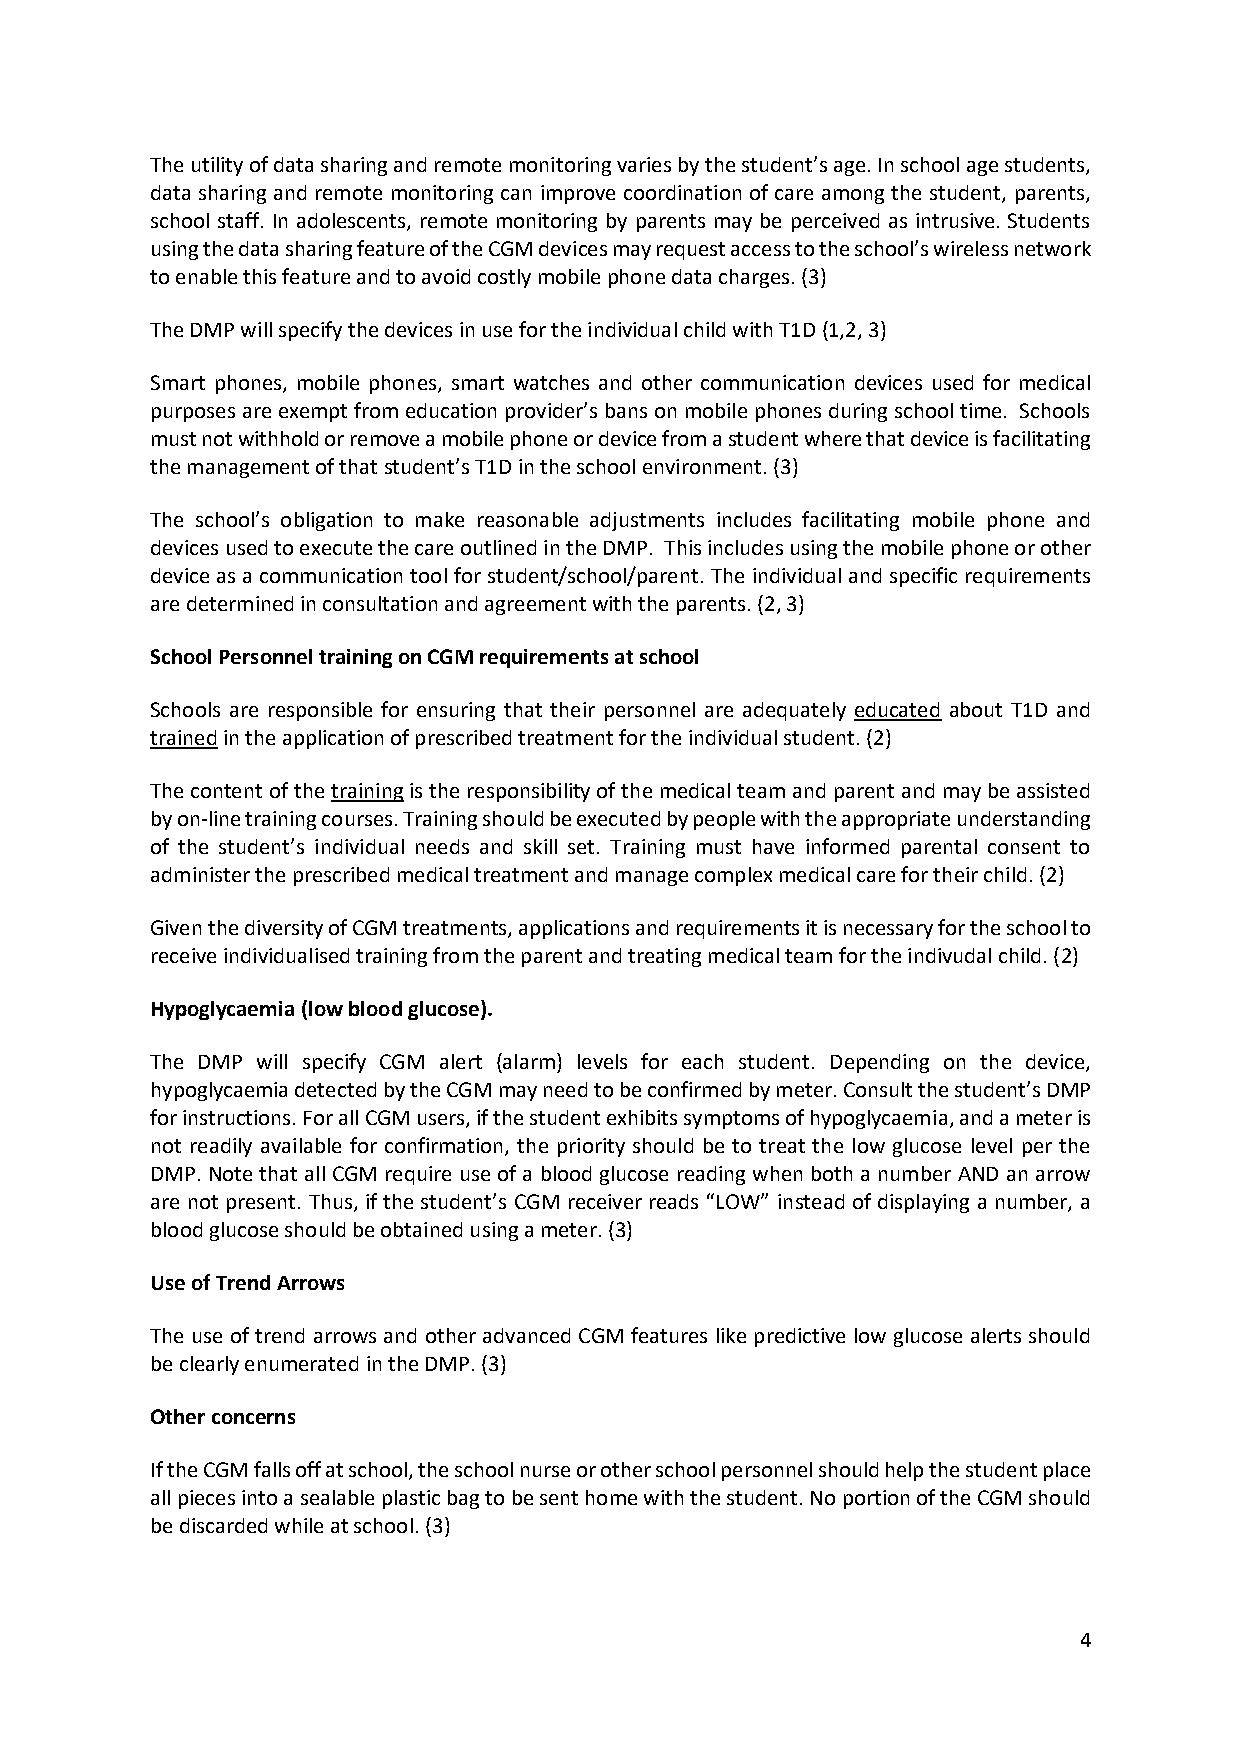
The utility of data sharing and remote monitoring varies by the student’s age. In school age students,
 data sharing and remote monitoring can improve coordination of care among the student, parents,
 school staff. In adolescents, remote monitoring by parents may be perceived as intrusive. Students
 using the data sharing feature of the CGM devices may request access to the school’s wireless network
 to enable this feature and to avoid costly mobile phone data charges. (3)
 The DMP will specify the devices in use for the individual child with T1D (1,2, 3)
 Smart phones, mobile phones, smart watches and other communication devices used for medical
 purposes are exempt from education provider’s bans on mobile phones during school time. Schools
 must not withhold or remove a mobile phone or device from a student where that device is facilitating
 the management of that student’s T1D in the school environment. (3)
 The school’s obligation to make reasonable adjustments includes facilitating mobile phone and
 devices used to execute the care outlined in the DMP. This includes using the mobile phone or other
 device as a communication tool for student/school/parent. The individual and specific requirements
 are determined in consultation and agreement with the parents. (2, 3)
 School Personnel training on CGM requirements at school
 Schools are responsible for ensuring that their personnel are adequately educated about T1D and
 trained in the application of prescribed treatment for the individual student. (2)
 The content of the training is the responsibility of the medical team and parent and may be assisted
 by on-line training courses. Training should be executed by people with the appropriate understanding
 of the student’s individual needs and skill set. Training must have informed parental consent to
 administer the prescribed medical treatment and manage complex medical care for their child. (2)
 Given the diversity of CGM treatments, applications and requirements it is necessary for the school to
 receive individualised training from the parent and treating medical team for the indivudal child. (2)
 Hypoglycaemia (low blood glucose).
 The DMP will specify CGM alert (alarm) levels for each student. Depending on the device,
 hypoglycaemia detected by the CGM may need to be confirmed by meter. Consult the student’s DMP
 for instructions. For all CGM users, if the student exhibits symptoms of hypoglycaemia, and a meter is
 not readily available for confirmation, the priority should be to treat the low glucose level per the
 DMP. Note that all CGM require use of a blood glucose reading when both a number AND an arrow
 are not present. Thus, if the student’s CGM receiver reads “LOW” instead of displaying a number, a
 blood glucose should be obtained using a meter. (3)
 Use of Trend Arrows
 The use of trend arrows and other advanced CGM features like predictive low glucose alerts should
 be clearly enumerated in the DMP. (3)
 Other concerns
 If the CGM falls off at school, the school nurse or other school personnel should help the student place
 all pieces into a sealable plastic bag to be sent home with the student. No portion of the CGM should
 be discarded while at school. (3)
 4